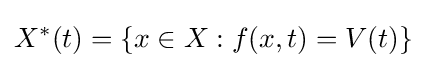
X^{\ast }(t)=\{x\in X:f(x,t)=V(t)\}